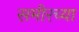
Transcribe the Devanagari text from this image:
समीरच्या